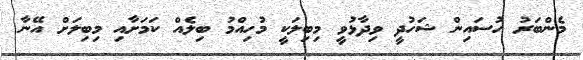
މެންބަރު ހުސައިން ޝަހުދީ ވިދާޅުވީ މިބިލަކީ މުހިއްމު ބިލެއް ކަމަށާއި މިބިލަށް އޭނާ